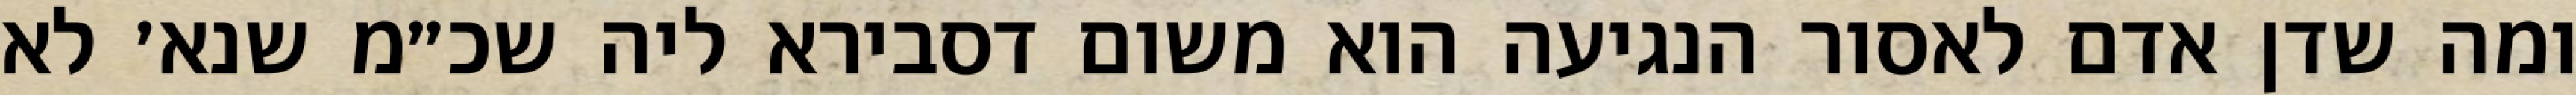
ומה שדן אדם לאסור הנגיעה הוא משום דסבירא ליה שכ״מ שנא׳ לא